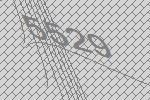
5529